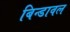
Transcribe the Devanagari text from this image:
बिन्डावल